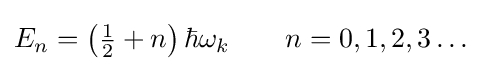
E_{n}=\left({\tfrac {1}{2}}+n\right)\hbar \omega _{k}\qquad n=0,1,2,3\ldots